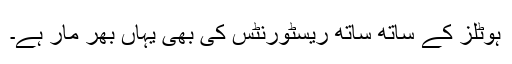
ہوٹلز کے ساتھ ساتھ ریسٹورنٹس کی بھی یہاں بھر مار ہے۔